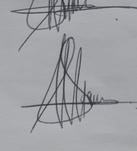
Signature authenticity: genuine